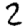
Digit: 2